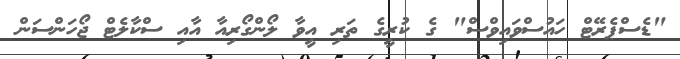
"ޑެސްޕެރޭޓް ހައުސްވައިވްސް" ގެ ކުރީގެ ތަރި އީވާ ލޯންގޯރިއާ އާއި ސްކާލެޓް ޖޯހަންސަން